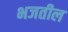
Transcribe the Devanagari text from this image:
भजतील